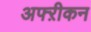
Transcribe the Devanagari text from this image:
अफ्ऱीकन